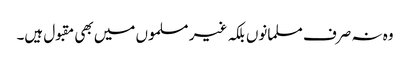
وہ نہ صرف مسلمانوں بلکہ غیر مسلموں میں بھی مقبول ہیں۔